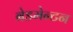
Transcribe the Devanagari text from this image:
बेडमेन्टन